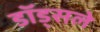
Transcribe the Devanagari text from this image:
डॉड्सले